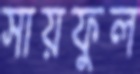
সায়ফুল